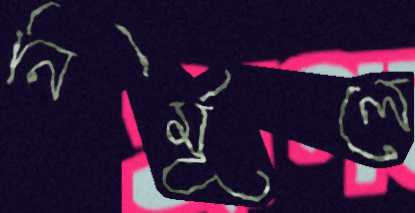
নির্মূলে